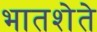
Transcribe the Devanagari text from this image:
भातशेते